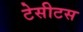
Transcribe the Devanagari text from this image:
टेसीटस